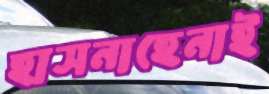
হাসনাহেনাই